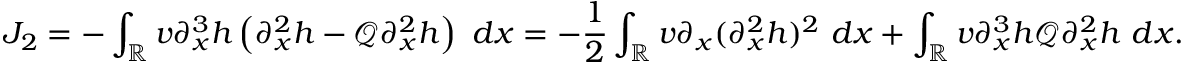
J _ { 2 } = - \int _ { \mathbb R } v \partial _ { x } ^ { 3 } h \left( \partial _ { x } ^ { 2 } h - \mathscr { Q } \partial _ { x } ^ { 2 } h \right) \ d x = - \frac { 1 } { 2 } \int _ { \mathbb R } v \partial _ { x } ( \partial _ { x } ^ { 2 } h ) ^ { 2 } \ d x + \int _ { \mathbb R } v \partial _ { x } ^ { 3 } h \mathscr { Q } \partial _ { x } ^ { 2 } h \ d x .